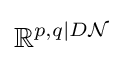
\mathbb {R} ^{p,q|D{\mathcal {N}}}